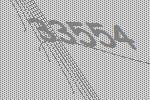
33554